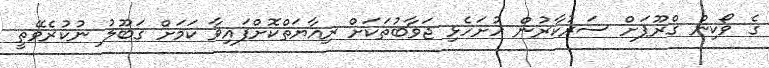
ގެ ވޯކިން ގްރޫޕަށް ސަރުކާރުން ހުށަހެޅި ޖަވާބުތަކަށް ރިއާޔަތްކޮށްފައިވާ ކަމަށް ގަބޫލު ނުކުރެވޭތީ